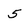
Character: 5